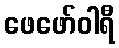
ဖေဖော်ဝါရီ